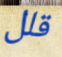
قلل